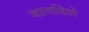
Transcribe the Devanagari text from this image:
वागविले